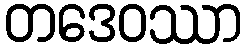
တဒေဝဿာ